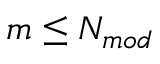
m \leq N _ { m o d }